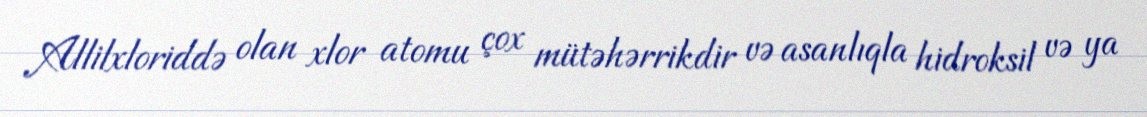
Allilxloriddə olan xlor atomu çox mütəhərrikdir və asanlıqla hidroksil və ya